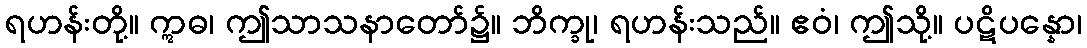
ရဟန်းတို့။ ဣဓ၊ ဤသာသနာတော်၌။ ဘိက္ခု၊ ရဟန်းသည်။ ဧဝံ၊ ဤသို့။ ပဋိပန္နော၊